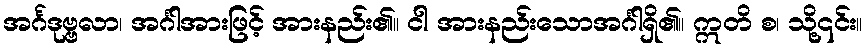
အင်္ဂဒုဗ္ဗလာ၊ အင်္ဂါအားဖြင့် အားနည်း၏။ ငါ အားနည်းသောအင်္ဂါရှိ၏။ ဣတိ စ၊ သို့၎င်း။